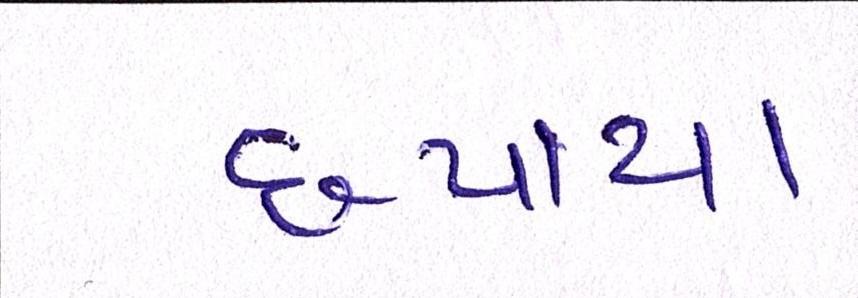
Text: છપાયા